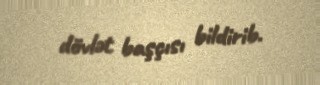
dövlət başçısı bildirib.